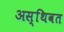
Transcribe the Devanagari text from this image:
अस्थिवत